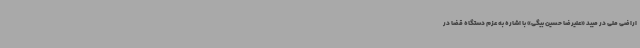
اراضی ملی در میبد «علیرضا حسین بیگی» با اشاره به عزم دستگاه قضا در